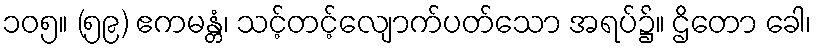
၁၀၅။ (၅၉) ဧကမန္တံ၊ သင့်တင့်လျောက်ပတ်သော အရပ်၌။ ဌိတော ခေါ၊